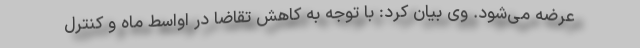
عرضه می‌شود. وی بیان کرد: با توجه به کاهش تقاضا در اواسط ماه و کنترل